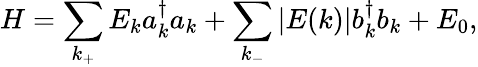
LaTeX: H=\sum_{k_{+}}E_{k}a_{k}^{\dagger}a_{k}+\sum_{k_{-}}|E(k)|b_{k}^{\dagger}b_{k}+E_{0},